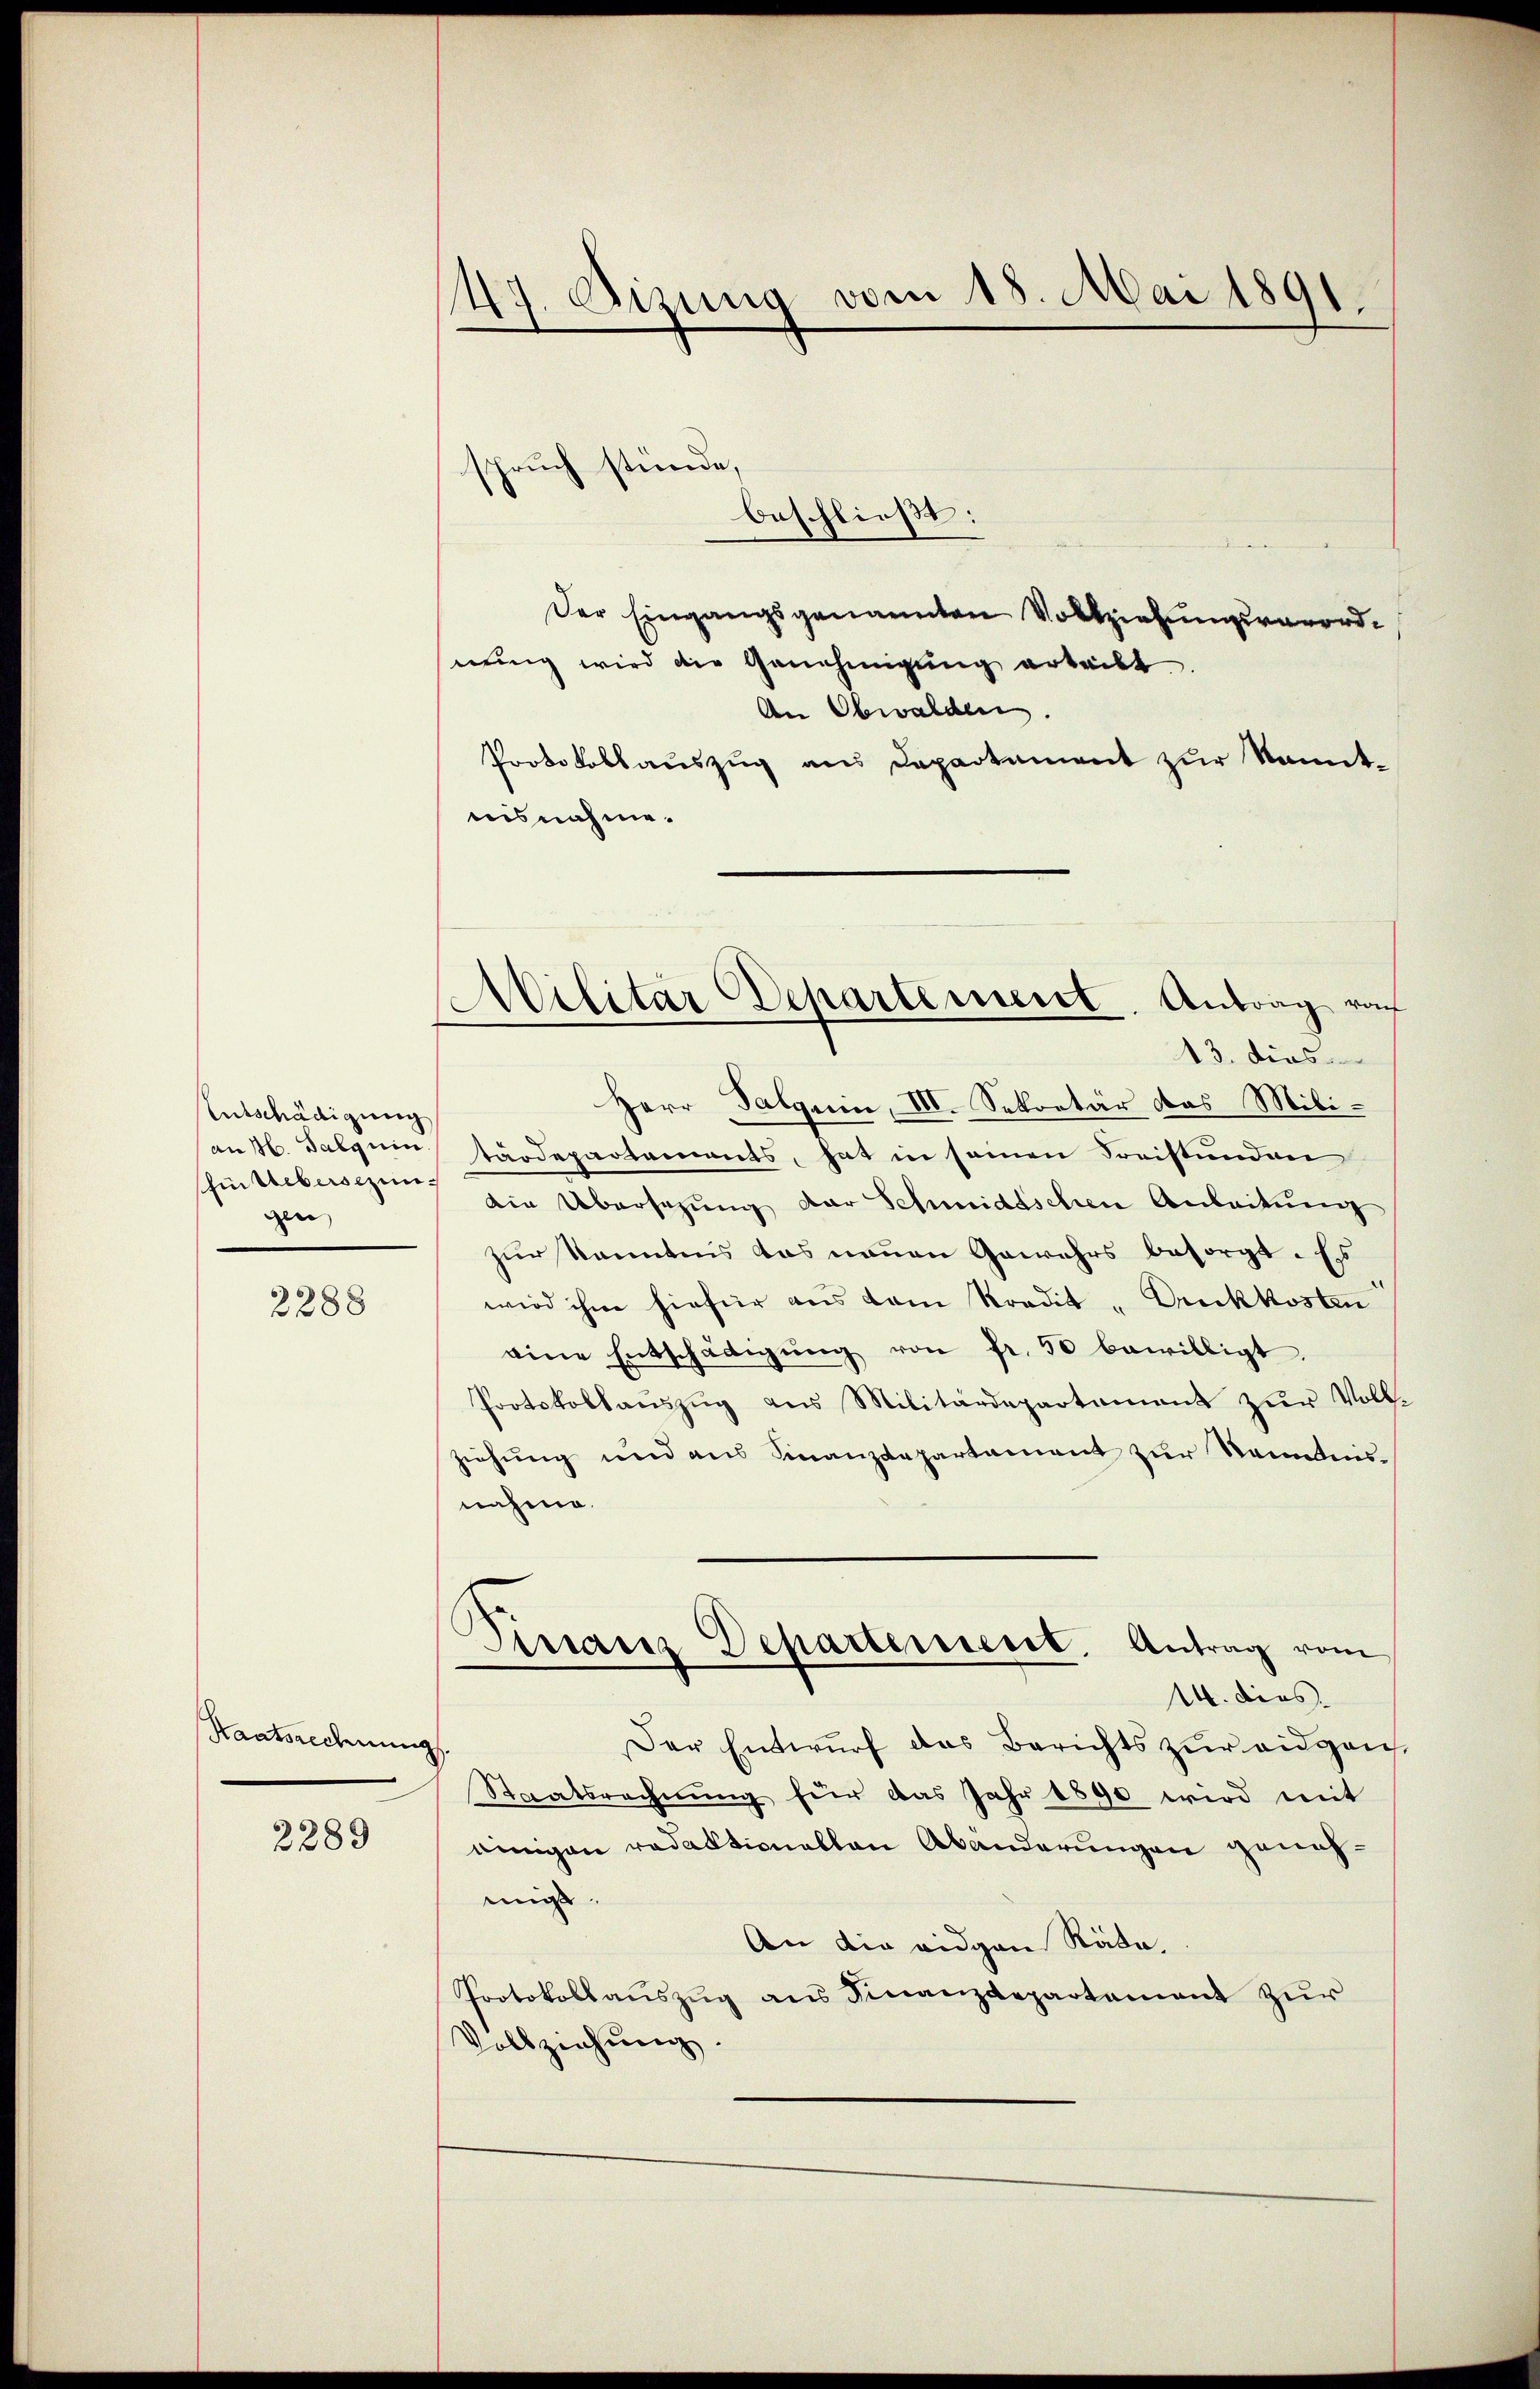
Entschädigung
schiebersezun
gen

2288

Haatsrechnung

2289

47. Dizung vom 15. Mai 1891.

spruch stünde,

Militär Departement. Antrag rach

beschließt:
Der Eingangsgenannten Vollziehungsverordnung wird die Genehmigung erteilt
An Obwalden
Protokollaŭszŭg ans Departement zŭr kannt-
nisnahme.
13. dies
Herr Palquin, III. Sekretär das Milian H. Sabguin stärdepartements, hat in seinen Freistunden
din Übersetzung der Schmidtschen Anbeitung
zur Kenntnis das neuen Gewehrs besorgt. Es
wird ihm hiefür aus dem Stradit "Duckkosten
eine Entschädigŭng von fr. 50 bewilligt.
Protokollaŭszŭg ans Militärdepartement zŭr Voll-
ziehung und aus Finanzdepartament zur Senntnisnahme.
8
Manz Departement. Antrag vom
14. dies
Der Entwurf das Berichts zur eidgan¬
Staatsrechnung für das Jahr 1890 wird mit
einigen redaktionellen Abänderungen genehmigt.
An die eidgen Räte.
Protokollauszug aus Finanzdepartement zur
Vollziehung.